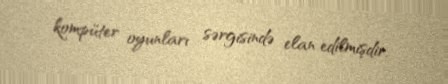
kompüter oyunları sərgisində elan edilmişdir.